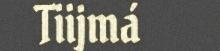
Tiijmá